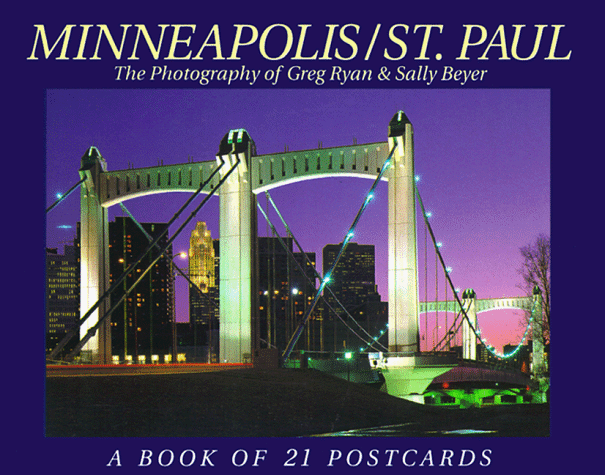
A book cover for Minneapolis/ St. Paul: Book of 21 Postcards; Travel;